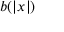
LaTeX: b ( \left\vert x \right\vert )